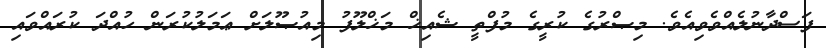
ފަސްދާނުލެއްވެވިއެވެ. މިޞްރުގެ ކުރީގެ މުފްތީ ޝެއިޚް މަޚްލޫފު މިއުޞޫލަށް ޢަމަލުކުރަން ހުއްދަ ކުރައްވައި